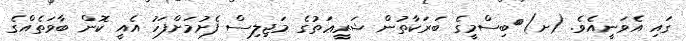
ގައި އެވަނީއެވެ. (ށ)	ބިސްމީގެ ބަރަކާތުން ޝަރީޢަތުގެ މަޖިލިސް ފެށުމަށްފަހު އެއީ ކޮން ބާވަތެއްގެ